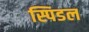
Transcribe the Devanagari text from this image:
स्पिडल